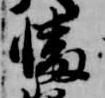
幡